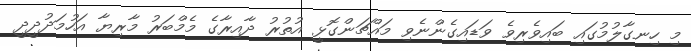
މި ހިނގާލުމުގައި ބައިވެރިވެ ވަޑައިގެންނެވި މައްޗަންގޮޅީ އުތުރު ދާއިރާގެ މެމްބަރު މާރިޔާ އަހުމަދުދީދީ